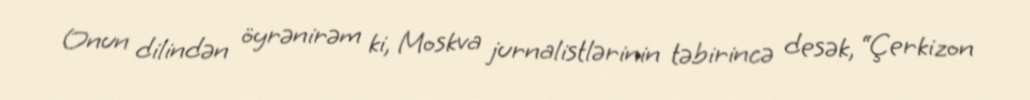
Onun dilindən öyrənirəm ki, Moskva jurnalistlərinin təbirincə desək, “Çerkizon